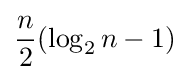
{n \over 2}(\log _{2}n-1)